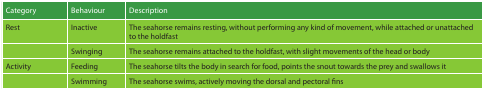
<table><thead><tr><td><b>Category</b></td><td><b>Behaviour</b></td><td><b>Description</b></td></tr></thead><tbody><tr><td>Rest</td><td>Inactive</td><td>The seahorse remains resting, without performing any kind of movement, while attached or unattached to the holdfast</td></tr><tr><td></td><td>Swinging</td><td>The seahorse remains attached to the holdfast, with slight movements of the head or body</td></tr><tr><td>Activity</td><td>Feeding</td><td>The seahorse tilts the body in search for food, points the snout towards the prey and swallows it</td></tr><tr><td></td><td>Swimming</td><td>The seahorse swims, actively moving the dorsal and pectoral fins</td></tr></tbody></table>